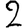
Digit: 2